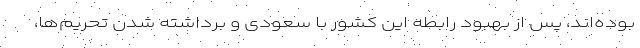
بوده‌اند، پس از بهبود رابطه این کشور با سعودی و برداشته شدن تحریم‌ها،